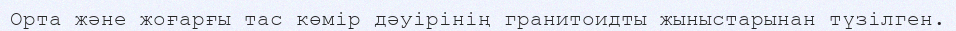
Орта және жоғарғы тас көмір дәуірінің гранитоидты жыныстарынан түзілген.